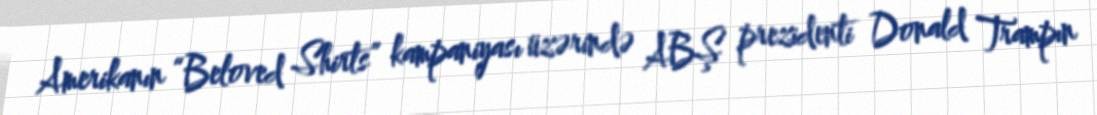
Amerikanın “Beloved Shirts” kampaniyası üzərində ABŞ prezidenti Donald Trampın